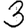
Digit: 3